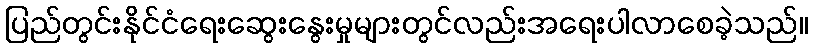
ပြည်တွင်းနိုင်ငံရေးဆွေးနွေးမှုများတွင်လည်းအရေးပါလာစေခဲ့သည်။